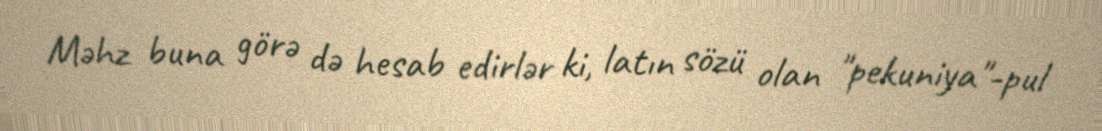
Məhz buna görə də hesab edirlər ki, latın sözü olan "pekuniya"-pul